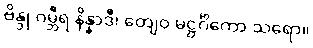
ဗိန္ဒု ဂမ္ဘီရ နိန္နာဒီ၊ တျေဝ မဋ္ဌင်္ဂိကော သရော။